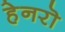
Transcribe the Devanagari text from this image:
हेनरॊ